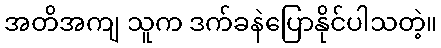
အတိအကျ သူက ဒက်ခနဲပြောနိုင်ပါသတဲ့။